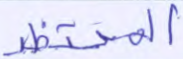
المحتظر